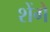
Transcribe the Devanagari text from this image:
शेंगे